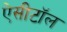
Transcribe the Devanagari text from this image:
ऐसीटॉल